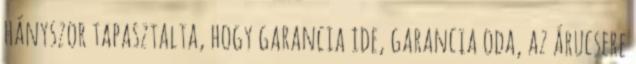
hányszor tapasztalta, hogy garancia ide, garancia oda, az árucsere